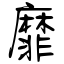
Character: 靡